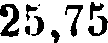
25,75